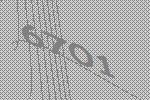
6701